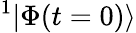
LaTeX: {^1|\Phi(t=0)\rangle}